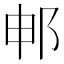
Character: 𬩸